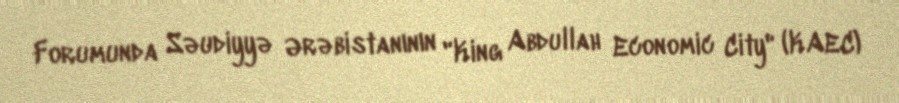
Forumunda Səudiyyə Ərəbistanının "King Abdullah Economic City" (KAEC)